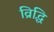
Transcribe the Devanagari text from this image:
व्रिद्धि